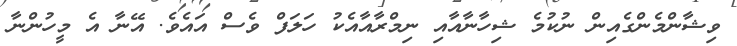
ވިޝާންމެންގެއިން ނުކުމެ ޝިހާނާއާއި ނިމްރާއާއެކު ހަލަފް ވެސް އައެވެ. އޭނާ އެ މީހުންނާ